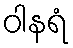
ဝါနရံ